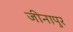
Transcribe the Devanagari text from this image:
जीनापुर